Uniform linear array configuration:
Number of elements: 8
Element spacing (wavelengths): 0.25
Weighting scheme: hamming
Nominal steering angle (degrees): -30
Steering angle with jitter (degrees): -28.703
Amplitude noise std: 0.05
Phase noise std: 0.05

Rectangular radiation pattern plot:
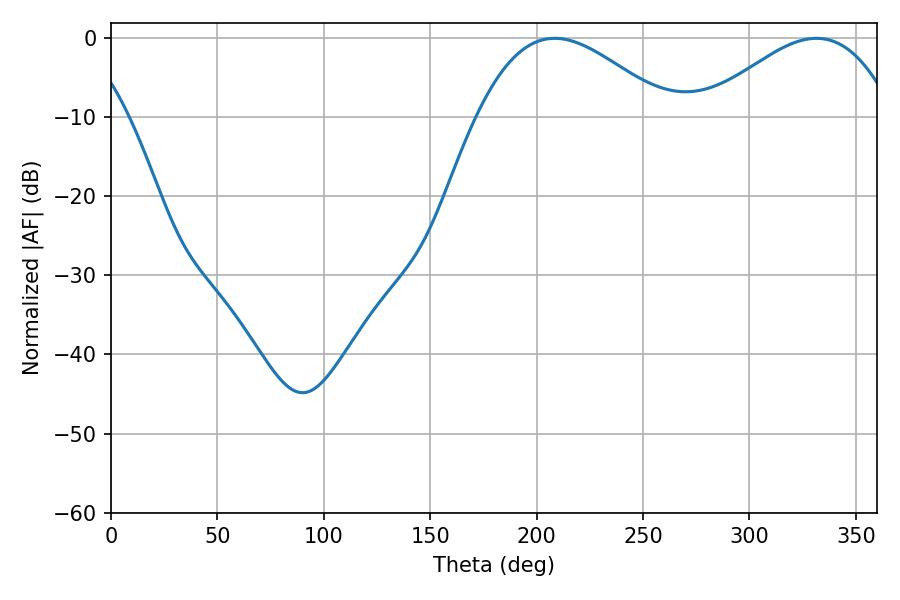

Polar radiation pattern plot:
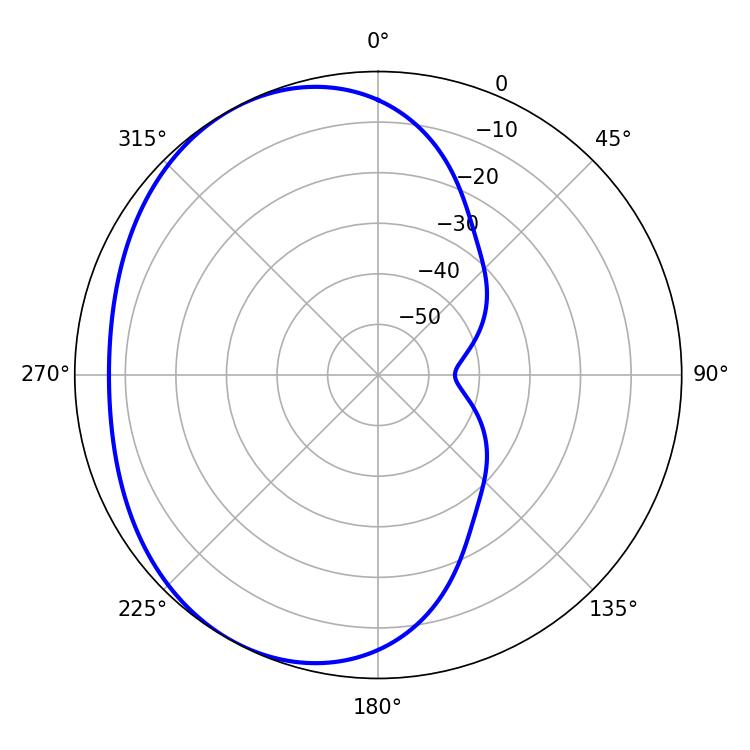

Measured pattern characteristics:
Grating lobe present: FALSE
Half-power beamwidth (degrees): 48.42
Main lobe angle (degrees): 208.44